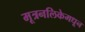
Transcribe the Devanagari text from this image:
मूत्रनलिकेमधून